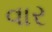
વાર